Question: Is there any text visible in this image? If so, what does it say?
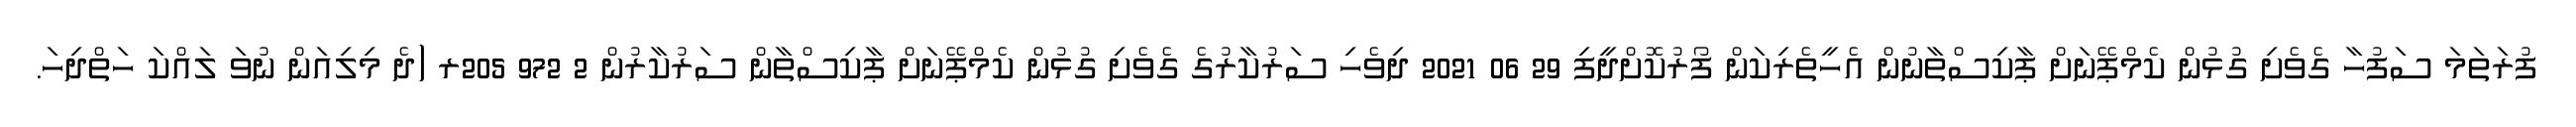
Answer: ފުރަތަމަ ސަފުހާ ގެވެށި ގުޅުން ކެމްޕޭނަށް ޕާކިސްތާނުން އެހީތެރިކަން ފޯރުކޮށްދީފި 29 06 2021 ދިވެހި ސަރުކާރުގެ ގެވެށި ގުޅުން ކެމްޕޭނަށް ޕާކިސްތާން ސަރުކާރުން 2 972 205ރ (ދެ މިލިއަން ނުވަ ލައްކަ ހަތްދިހަ.